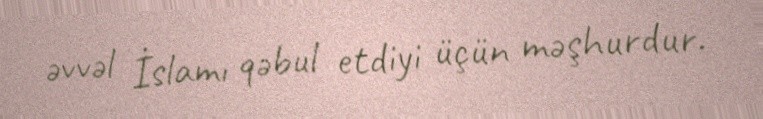
əvvəl İslamı qəbul etdiyi üçün məşhurdur.